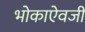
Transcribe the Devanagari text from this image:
भोकाऐवजी